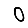
Digit: 0